Annual report on the Civil Veterinary Department, Burma (including the Insein Veterinary School) - 1923-1931
Year: 1923
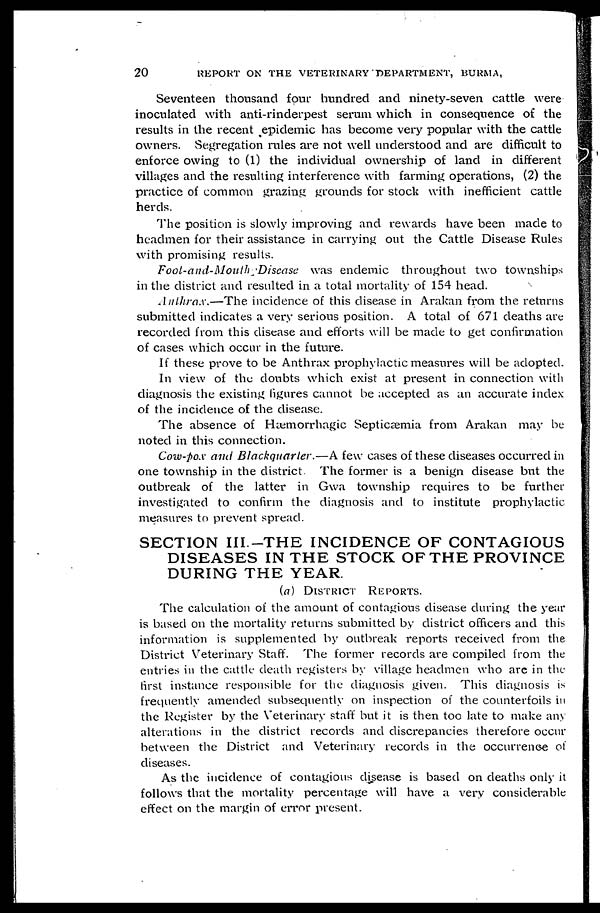
20
REPORT ON THE VETERINARY DEPARTMENT, BURMA,
Seventeen thousand four hundred and ninety-seven cattle were
inoculated with anti-rinderpest serum which in consequence of the
results in the recent epidemic has become very popular with the cattle
owners. Segregation rules are not well understood and are difficult to
enforce owing" to (1) the individual ownership of land in different
villages and the resulting interference with farming operations, (2) the
practice of common grazing grounds for stock with inefficient cattle
herds.
The position is slowly improving and rewards have been made to
headmen for their assistance in carrying out the Cattle Disease Rules
with promising results.
Foot-and-Mouth
Disease was endemic throughout two townships
in the district and resulted in a total mortality of 154 head.
Anthrax.—The
incidence of this disease in Arakan from the returns
submitted indicates a very serious position. A total of 671 deaths are
recorded from this disease and efforts will be made to get confirmation
of cases which occur in the future.
If these prove to be Anthrax prophylactic measures will be adopted.
In view of the doubts which exist at present in connection with
diagnosis the existing figures cannot be accepted as an accurate index
of the incidence of the disease.
The absence of Hæmorrhagic Septicæmia from Arakan may be
noted in this connection.
Cow-pox and Blackquarter.—A
few cases of these diseases occurred in
one township in the district. The former is a benign disease but the
outbreak of the latter in Gwa township requires to be further
investigated to confirm the diagnosis and to institute prophylactic
measures to prevent spread.
SECTION III-THE INCIDENCE OF CONTAGIOUS
DISEASES IN THE STOCK OF THE PROVINCE
DURING THE YEAR.
(a) DISTRICT REPORTS.
The calculation of the amount of contagious disease during the year
is based on the mortality returns submitted by district officers and this
information is supplemented by outbreak reports received from the
District Veterinary Staff. The former records are compiled from the
entries in the cattle death registers by village headmen who are in the
first instance responsible for the diagnosis given. This diagnosis is
frequently amended subsequently on inspection of the counterfoils in
the Register by the Veterinary staff but it is then too late to make any
alterations in the district records and discrepancies therefore occur
between the District and Veterinary records in the occurrence of
diseases.
As the incidence of contagious disease is based on deaths only it
follows that the mortality percentage will have a very considerable
effect on the margin of error present.